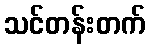
သင်တန်းတက်